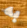
به